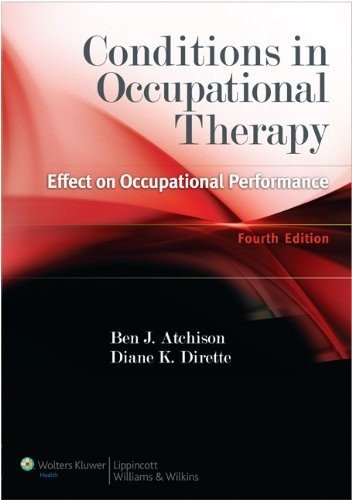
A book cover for Conditions in Occupational Therapy: Effect on Occupational Performance; Ben Atchison MEd  OTR  FAOTA; Medical Books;